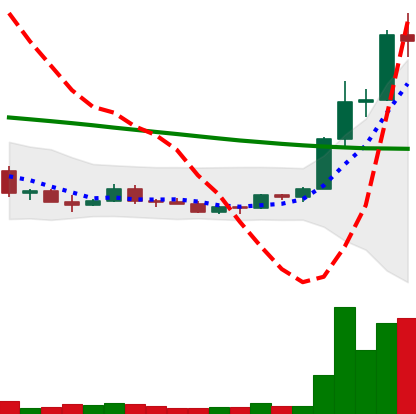
Ticker: ETC-USD
Chart end date: 2022-03-23
Forward return: 4.489%
Label: up_3_5